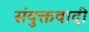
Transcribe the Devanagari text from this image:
संयुक्तवादी